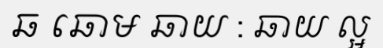
ឆ ឆោម ឆាយ : ឆាយ ល្អ